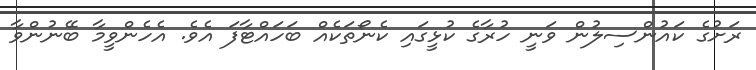
ރަށުގެ ކައުންސިލުން ވަނީ ހުރާގެ ކުޅީގައި ކެނޯތަކެއް ބަހައްޓާފަ އެވެ. އެހެންވީމާ ބޭނުންވާ